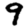
Digit: 9